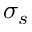
\sigma _ { s }